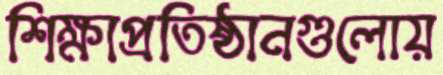
শিক্ষাপ্রতিষ্ঠানগুলোয়